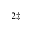
^ { 2 \ddagger }